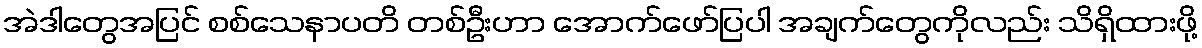
အဲဒါတွေအပြင် စစ်သေနာပတိ တစ်ဦးဟာ အောက်ဖော်ပြပါ အချက်တွေကိုလည်း သိရှိထားဖို့